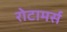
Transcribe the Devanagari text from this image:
रोटामर्स